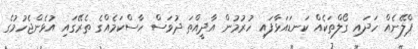
ޕްލޭނެއް ހަދައި ގޯލްތަކެއް ކަނޑައަޅާފައި ހުރުމުން އާދީއްތަ ދުވަސް ހާސްކަމެއްގެ ތެރޭގައި އުޅެންޖެހުމުގެ